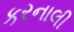
કરનાલી